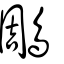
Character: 鵰